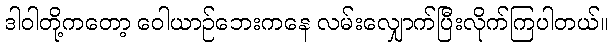
ဒါဝါတို့ကတော့ ဝေါယာဉ်ဘေးကနေ လမ်းလျှောက်ပြီးလိုက်ကြပါတယ်။